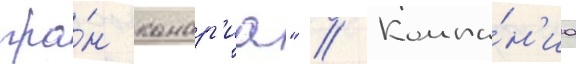
гра́н канар'иа" // Компа́н'иа